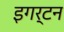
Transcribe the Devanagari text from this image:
इगर्टन